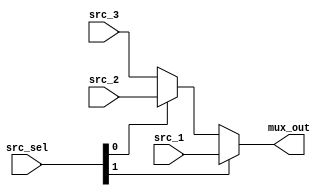
`timescale 1ns / 1ps

module mux_3to1(src_1, src_2, src_3,src_sel,
  
                mux_out  
    );
    
input[7:0] src_1, src_2, src_3;
input[1:0] src_sel;
  
output wire[7:0] mux_out;    
    
assign mux_out = src_sel[1] ? src_1 : (src_sel[0] ? src_2 : src_3);   
 
endmodule